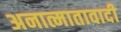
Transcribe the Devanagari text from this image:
अनात्मातावादी